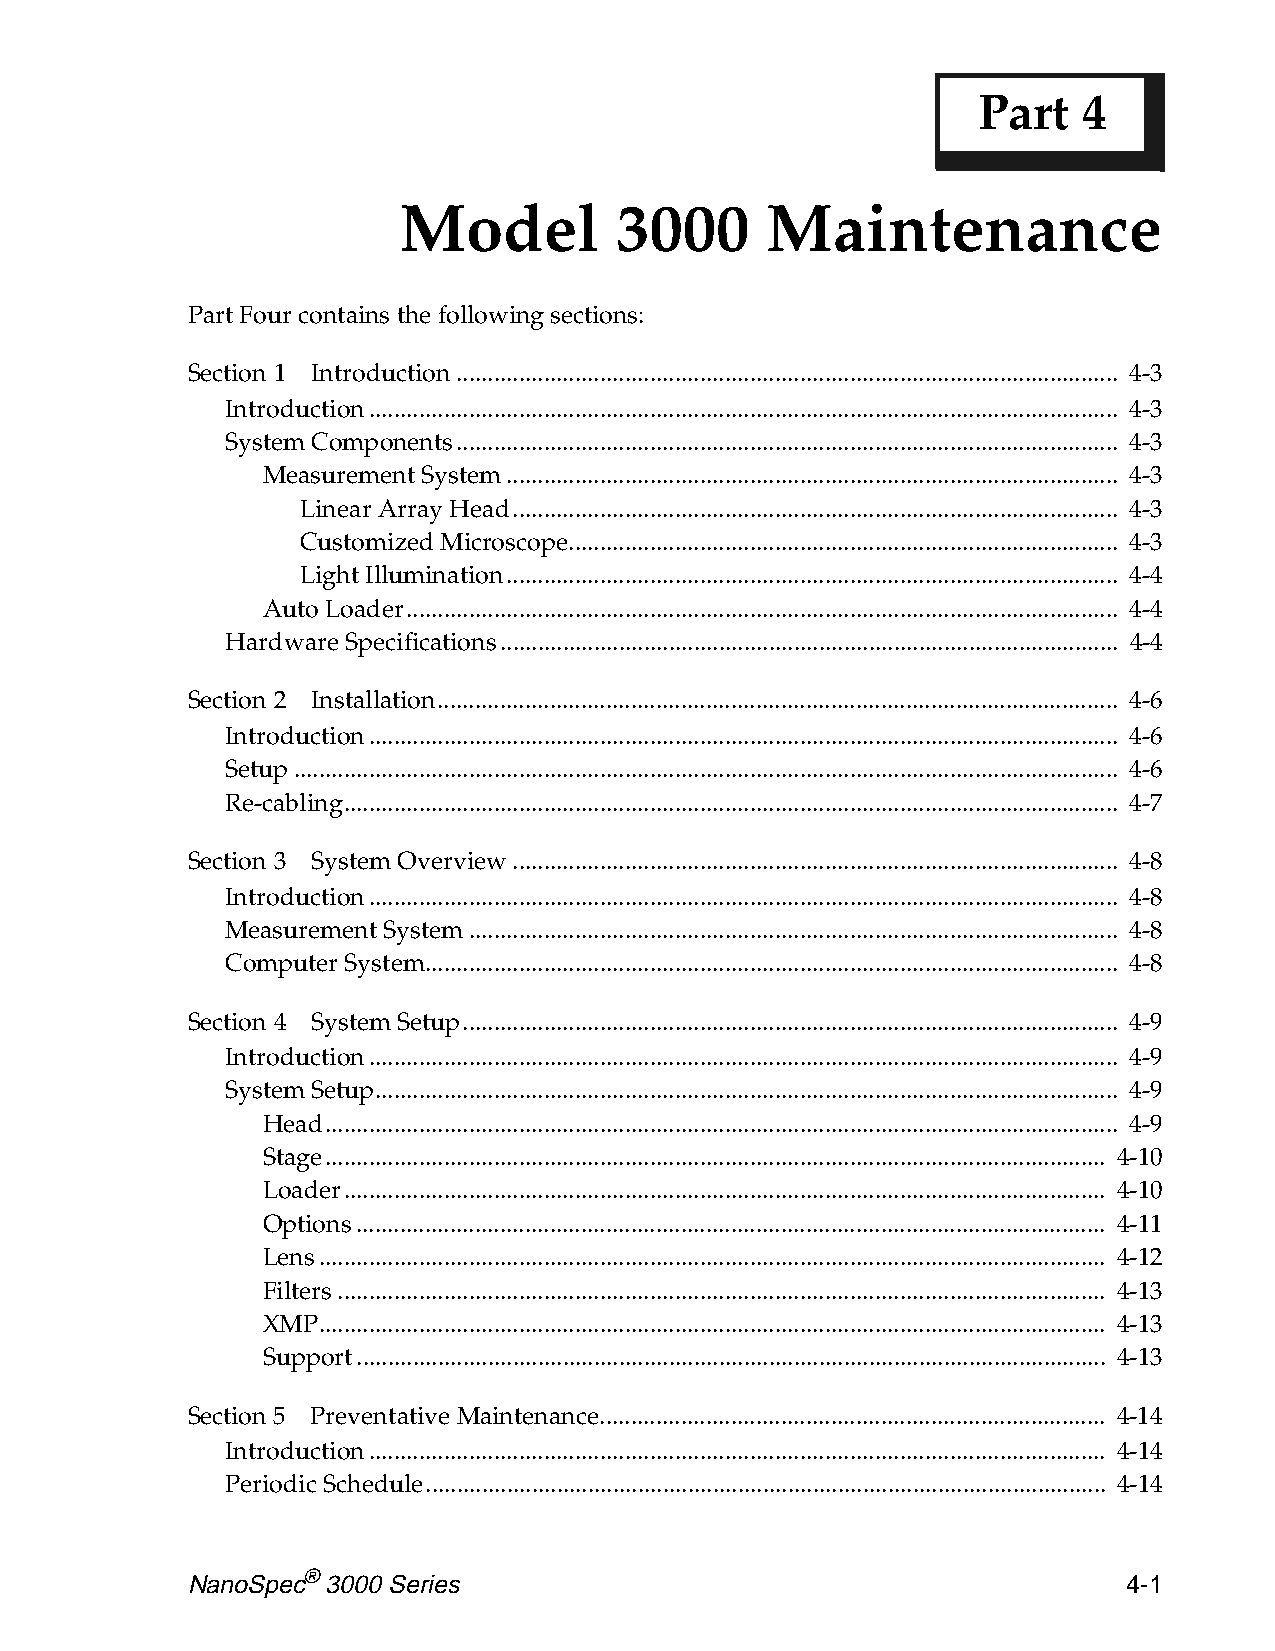
Part   4
 Model          3000      Maintenance
 Part Four contains the following sections:
 Section 1 Introduction.......................................................................................................... 4-3
 Introduction........................................................................................................................ 4-3
 System Components.......................................................................................................... 4-3
 Measurement System.................................................................................................. 4-3
 Linear Array Head................................................................................................. 4-3
 Customized Microscope........................................................................................ 4-3
 Light Illumination.................................................................................................. 4-4
 Auto Loader.................................................................................................................. 4-4
 Hardware Specifications................................................................................................... 4-4
 Section 2 Installation............................................................................................................. 4-6
 Introduction........................................................................................................................ 4-6
 Setup.................................................................................................................................... 4-6
 Re-cabling............................................................................................................................ 4-7
 Section 3 System Overview................................................................................................. 4-8
 Introduction........................................................................................................................ 4-8
 Measurement System........................................................................................................ 4-8
 Computer System............................................................................................................... 4-8
 Section 4 System Setup......................................................................................................... 4-9
 Introduction........................................................................................................................ 4-9
 System Setup....................................................................................................................... 4-9
 Head............................................................................................................................... 4-9
 Stage............................................................................................................................. 4-10
 Loader.......................................................................................................................... 4-10
 Options........................................................................................................................ 4-11
 Lens.............................................................................................................................. 4-12
 Filters........................................................................................................................... 4-13
 XMP.............................................................................................................................. 4-13
 Support........................................................................................................................ 4-13
 Section 5 Preventative Maintenance................................................................................. 4-14
 Introduction...................................................................................................................... 4-14
 Periodic Schedule............................................................................................................. 4-14
 NanoSpec® 3000 Series                                          4-1